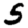
Digit: 5